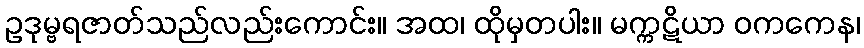
ဥဒုမ္ဗရဇာတ်သည်လည်းကောင်း။ အထ၊ ထိုမှတပါး။ မက္ကဋိယာ ဝကကေန၊